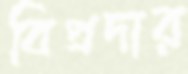
বিপ্রদার